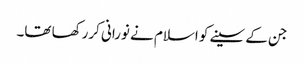
جن کے سینے کو اسلام نے نورانی کررکھا تھا۔